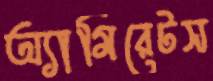
অ্যামিরেটস